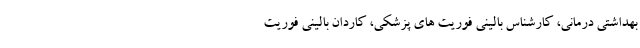
بهداشتی درمانی، کارشناس بالینی فوریت­ های پزشکی، ‌کاردان بالینی فوریت